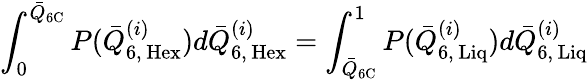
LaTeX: \int_{0}^{\bar{Q}_{\mathrm{6C}}}P(\bar{Q}_{\mathrm{6,\, Hex}}^{(i)})d\bar{Q}_{\mathrm{6,\, Hex}}^{(i)}=\int_{\bar{Q}_{\mathrm{6C}}}^{1}P(\bar{Q}_{\mathrm{6,\, Liq}}^{(i)})d\bar{Q}_{\mathrm{6,\, Liq}}^{(i)}